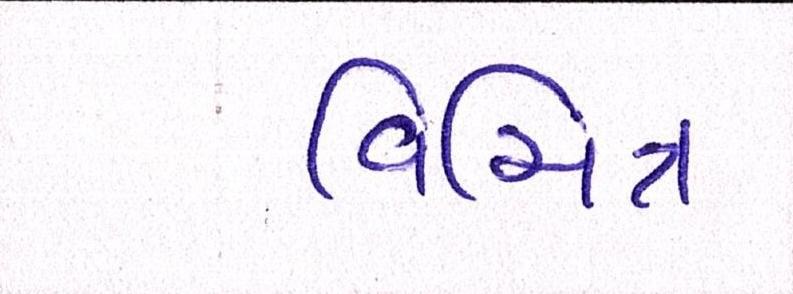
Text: વિચિત્ર